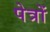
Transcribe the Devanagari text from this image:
पेत्रों